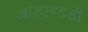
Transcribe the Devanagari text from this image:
आरएण्डडी